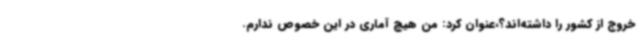
خروج از کشور را داشته‌اند؟،عنوان کرد: من هیچ آماری در این خصوص ندارم.